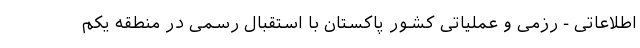
اطلاعاتی - رزمی و عملیاتی کشور پاکستان با استقبال رسمی در منطقه یکم